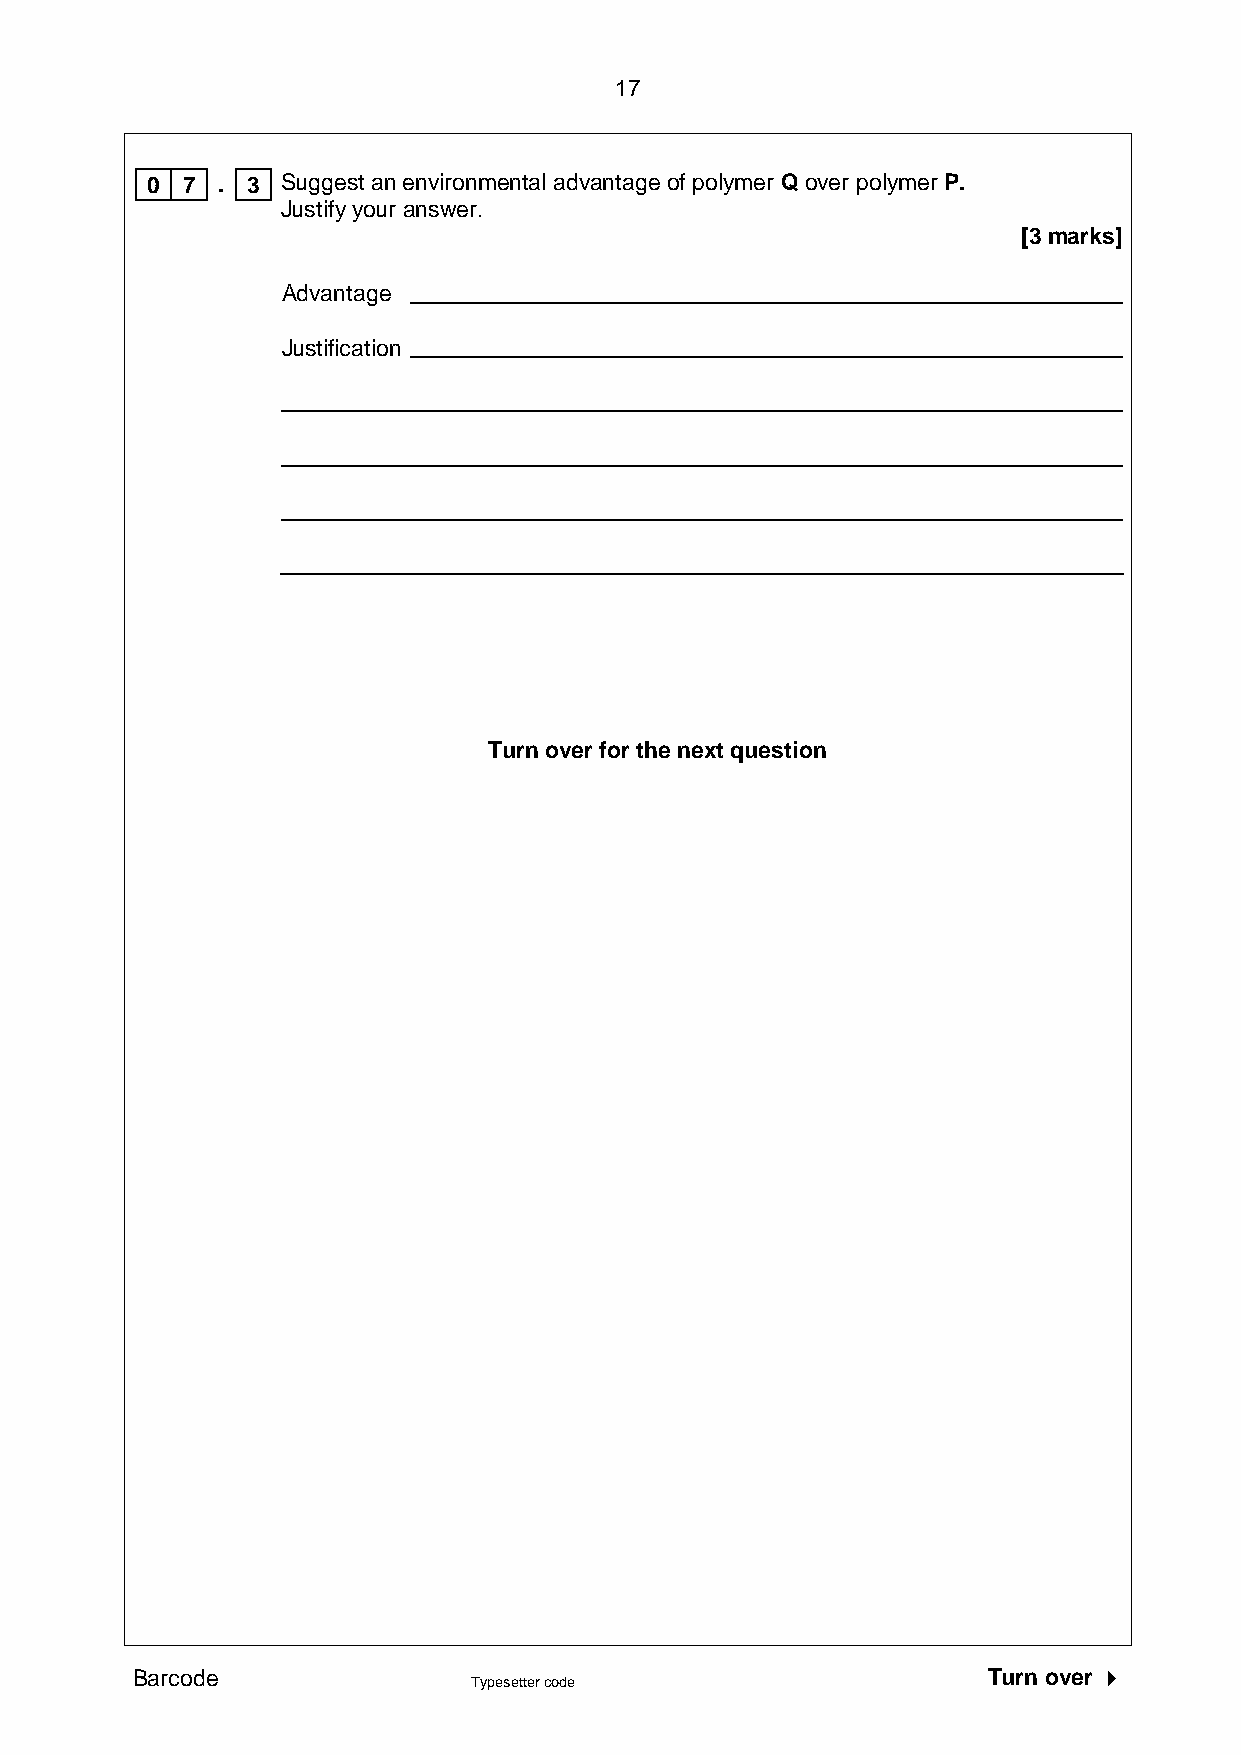
17
 0 7 . 3  Suggest an environmental advantage of polymer Q over polymer P.
 Justify your answer.
 [3 marks]
 Advantage
 Justification
 Turn over for the next question
 Barcode                                                 Turn over 
 Typesetter code